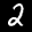
Label: 2